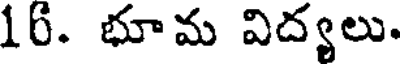
16. భూమ విద్యలు.